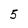
Character: 5